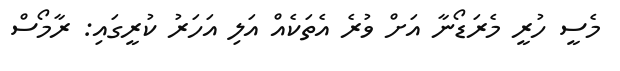
މެސީ ހުރީ މެރަޑޯނާ އަށް ވުރެ އެތަކެއް އަލި އަހަރު ކުރީގައި: ރާމޯސް